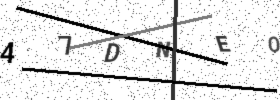
Text: 47DNEO